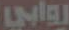
روابي